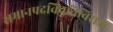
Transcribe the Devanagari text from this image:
समानपदविवृत्तिविराम